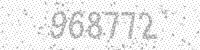
Solution: 968772